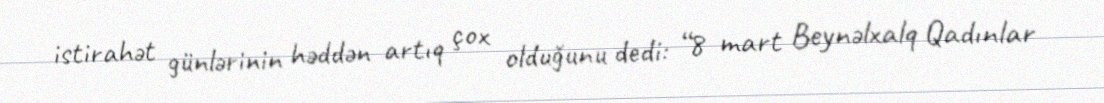
istirahət günlərinin həddən artıq çox olduğunu dedi: “8 mart Beynəlxalq Qadınlar